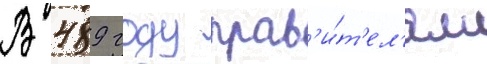
В 489 году прав'и́т'ел'ям